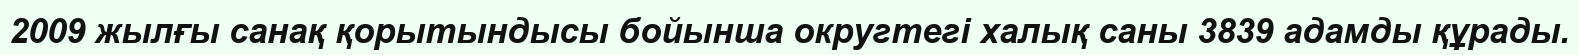
2009 жылғы санақ қорытындысы бойынша округтегі халық саны 3839 адамды құрады.